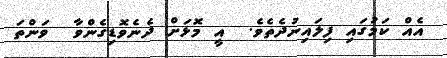
އެއް ކަމުގައި ފިލައިނުދެތެވެ.  އީ މޮޅަށް ދެނެވޮޑިގެންވާ  ވަންތަ